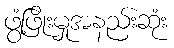
ဖွံ့ဖြိုးမှုအနည်းဆုံး